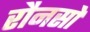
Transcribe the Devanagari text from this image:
रौनसों